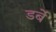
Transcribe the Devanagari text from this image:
डर्बे